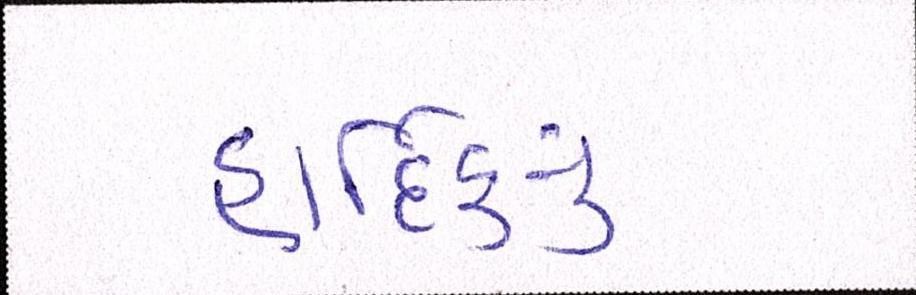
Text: હાર્દિકનું